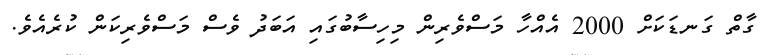
ގާތް ގަނޑަކަށް 2000 އެއްހާ މަސްވެރިން މިހިސާބުގައި އަބަދު ވެސް މަސްވެރިކަން ކުރެއެވެ.